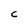
Character: C